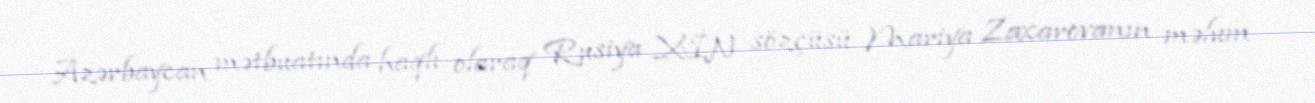
Azərbaycan mətbuatında haqlı olaraq Rusiya XİN sözçüsü Mariya Zaxarovanın məlum